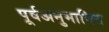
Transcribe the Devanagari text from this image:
पूर्वअनुमानित